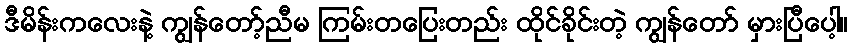
ဒီမိန်းကလေးနဲ့ ကျွန်တော့်ညီမ ကြမ်းတပြေးတည်း ထိုင်ခိုင်းတဲ့ ကျွန်တော် မှားပြီပေါ့။